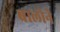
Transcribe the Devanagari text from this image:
बालोने